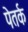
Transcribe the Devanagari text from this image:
पेतर्क